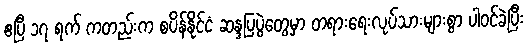
ဧပြီ ၁၇ ရက် ကတည်းက စပိန်နိုင်ငံ ဆန္ဒပြပွဲတွေမှာ တရားရေးလုပ်သားများစွာ ပါဝင်ခဲ့ပြီး